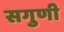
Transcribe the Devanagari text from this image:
सगुणी